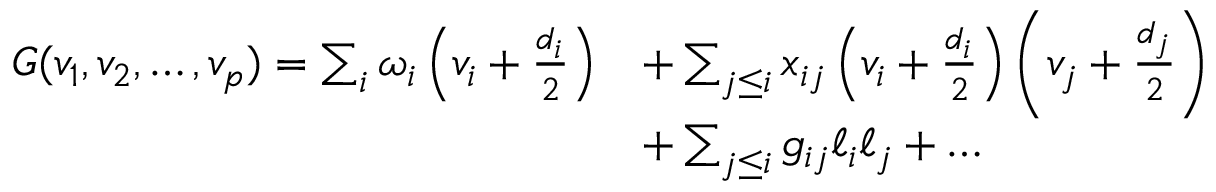
\begin{array} { r l } { G ( v _ { 1 } , v _ { 2 } , \ldots , v _ { p } ) = \sum _ { i } \omega _ { i } \left( v _ { i } + \frac { d _ { i } } { 2 } \right) } & { + \sum _ { j \leq i } x _ { i j } \left( v _ { i } + \frac { d _ { i } } { 2 } \right) \left( v _ { j } + \frac { d _ { j } } { 2 } \right) } \\ & { + \sum _ { j \leq i } g _ { i j } \ell _ { i } \ell _ { j } + \ldots } \end{array}